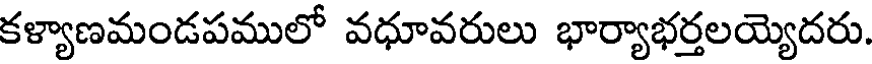
కళ్యాణమండపములో వధూవరులు భార్యాభర్తలయ్యెదరు.